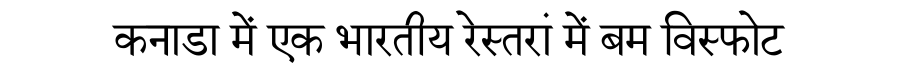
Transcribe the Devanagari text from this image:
कनाडा में एक भारतीय रेस्तरां में बम विस्फोट